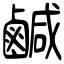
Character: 鹹